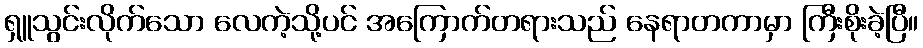
ရှူသွင်းလိုက်သော လေကဲ့သို့ပင် အကြောက်တရားသည် နေရာတကာမှာ ကြီးစိုးခဲ့ပြီ။